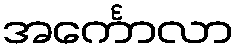
အင်္ကောလာ